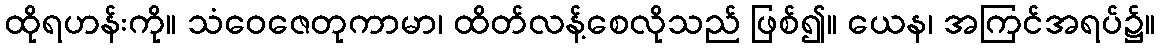
ထိုရဟန်းကို။ သံဝေဇေတုကာမာ၊ ထိတ်လန့်စေလိုသည် ဖြစ်၍။ ယေန၊ အကြင်အရပ်၌။